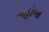
મહોબા